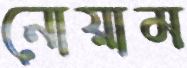
নোয়াম